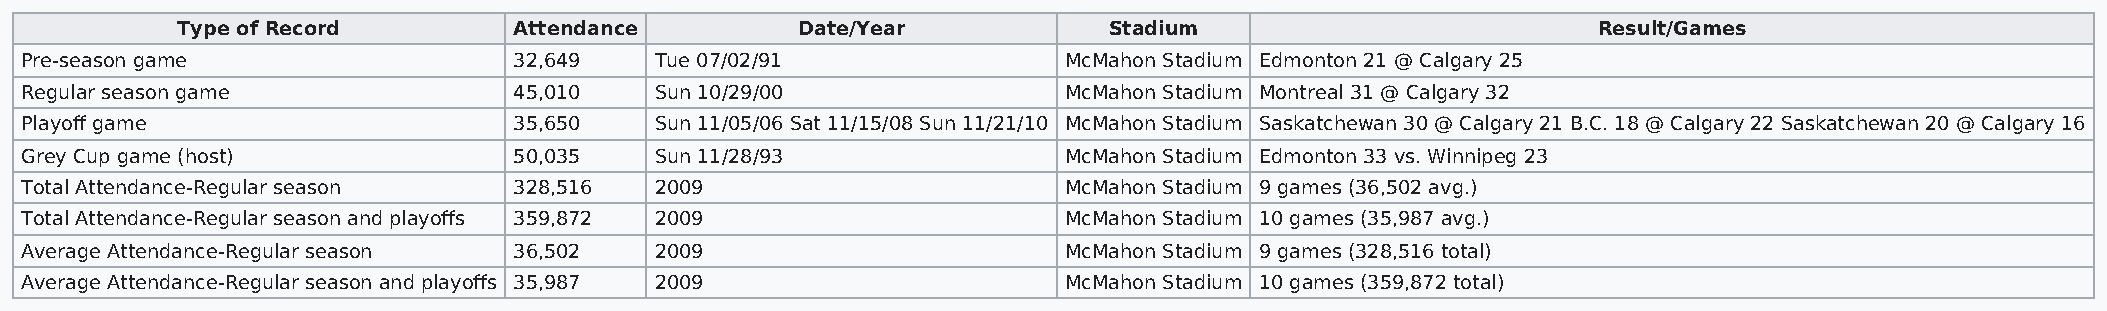
Type of Record        Attendance         Date/Year           Stadium                          Result/Games
 Pre-season game                  32,649   Tue 07/02/91               McMahon Stadium Edmonton 21 @ Calgary 25
 Regular season game              45,010   Sun 10/29/00               McMahon Stadium Montreal 31 @ Calgary 32
 Playoff game                     35,650   Sun 11/05/06 Sat 11/15/08 Sun 11/21/10 McMahon Stadium Saskatchewan 30 @ Calgary 21 B.C. 18 @ Calgary 22 Saskatchewan 20 @ Calgary 16
 Grey Cup game (host)             50,035   Sun 11/28/93               McMahon Stadium Edmonton 33 vs. Winnipeg 23
 Total Attendance-Regular season  328,516  2009                       McMahon Stadium 9 games (36,502 avg.)
 Total Attendance-Regular season and playoffs 359,872 2009            McMahon Stadium 10 games (35,987 avg.)
 Average Attendance-Regular season 36,502  2009                       McMahon Stadium 9 games (328,516 total)
 Average Attendance-Regular season and playoffs 35,987 2009           McMahon Stadium 10 games (359,872 total)